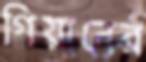
গিয়ানের